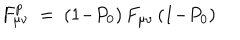
F _ { \mu \nu } ^ { p } \ = \ ( 1 { - } P _ { 0 } ) \, F _ { \mu \nu } \, ( 1 { - } P _ { 0 } )